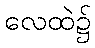
လေထဲ၌